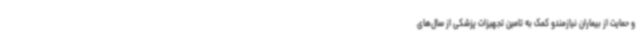
و حمایت از بیماران نیازمندو کمک به تامین تجهیزات پزشکی از سال‌های